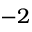
- 2